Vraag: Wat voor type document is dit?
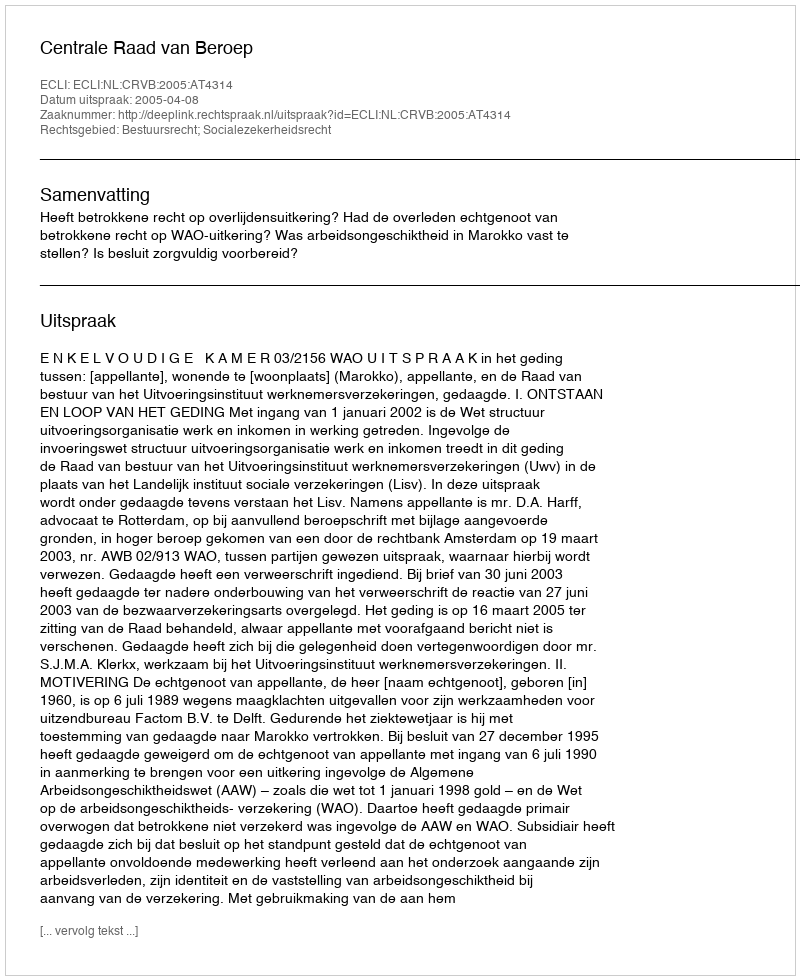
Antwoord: Uitspraak